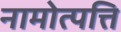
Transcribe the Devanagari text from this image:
नामोत्पत्ति